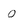
Character: O